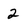
Character: 2